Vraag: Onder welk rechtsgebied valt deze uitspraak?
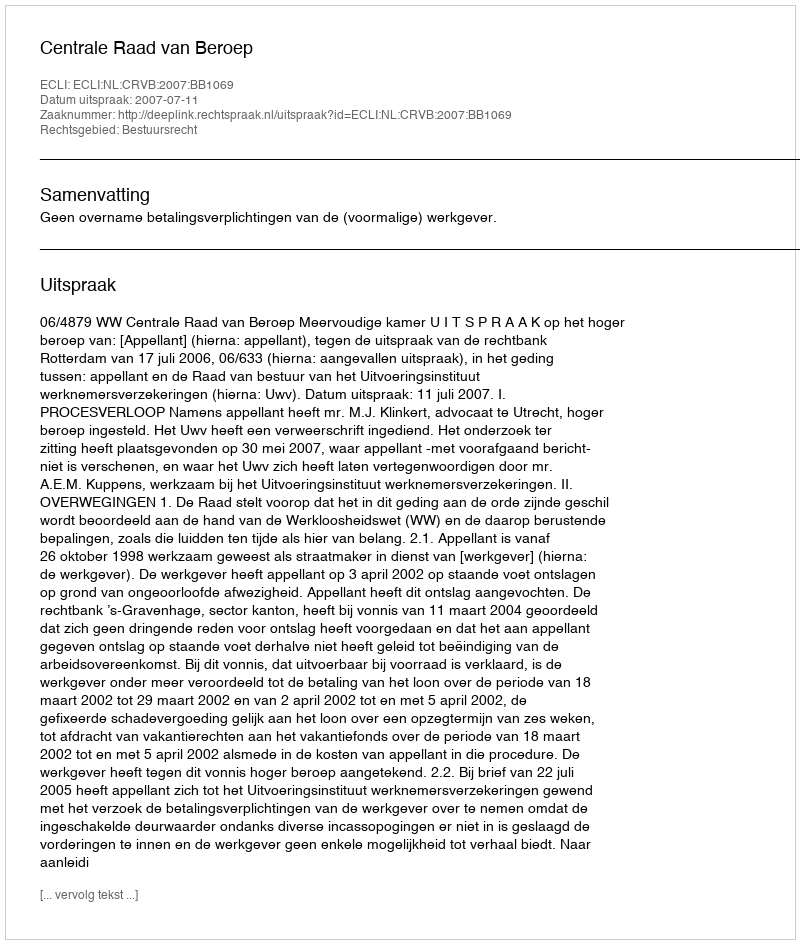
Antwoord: Bestuursrecht